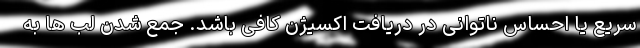
سریع یا احساس ناتوانی در دریافت اکسیژن کافی باشد. جمع شدن لب ها به